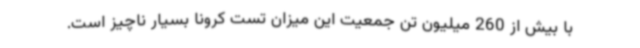
با بیش از 260 میلیون تن جمعیت این میزان تست کرونا بسیار ناچیز است.